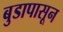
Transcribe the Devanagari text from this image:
बुडापासून